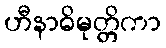
ဟီနာဓိမုတ္တိကာ